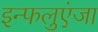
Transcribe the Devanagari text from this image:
इन्फलुएंजा